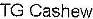
TG CASHEW